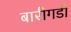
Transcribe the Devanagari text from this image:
बारीगडी